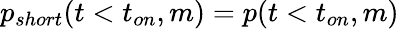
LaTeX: p_{short}(t<t_{on},m)=p(t<t_{on},m)